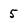
Character: 5